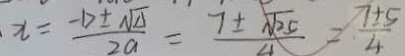
x = \frac { - \Delta \pm \sqrt { \Delta } } { 2 a } = \frac { 7 \pm \sqrt { 2 5 } } { 4 } = \frac { 7 \pm 5 } { 4 }